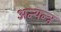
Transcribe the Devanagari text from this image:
अन्यन्त्र